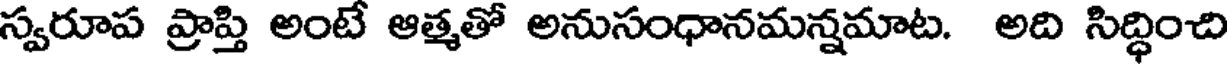
స్వరూప ప్రాప్తి అంటే ఆత్మతో అనుసంధానమన్నమాట. అది సిద్ధించి